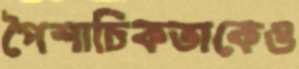
পৈশাচিকতাকেও